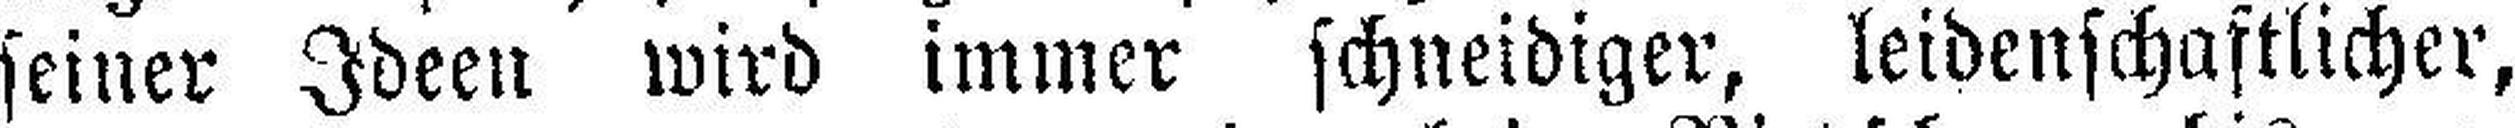
seiner Ideen wird immer schneidiger, leidenschaftlicher,